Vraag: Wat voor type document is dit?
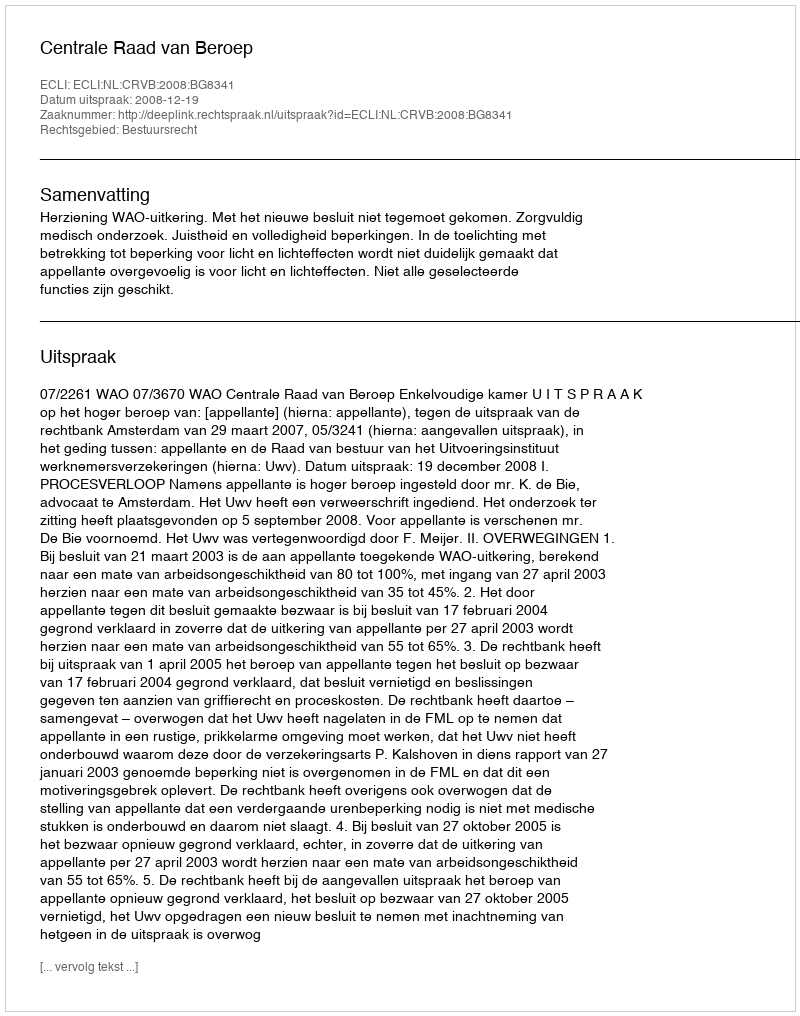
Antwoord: Uitspraak